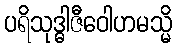
ပရိသုဒ္ဓါဇီဝေါဟမသ္မိ